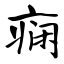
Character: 痫